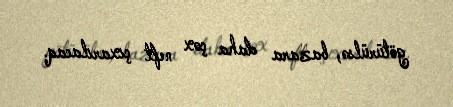
götürülsə, bazara daha çox neft çıxarılacaq.